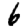
Digit: 6